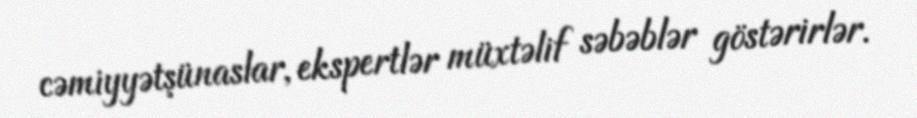
cəmiyyətşünaslar, ekspertlər müxtəlif səbəblər göstərirlər.